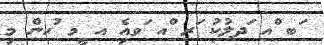
ަބ ްއ ަދލުކު ަރ ްއ ަވއިެ އ ީމ ުހން މި